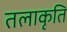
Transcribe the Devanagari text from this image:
तलाकृति